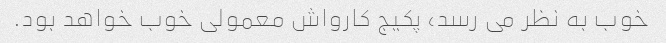
خوب به نظر می رسد، پکیج کارواش معمولی خوب خواهد بود.